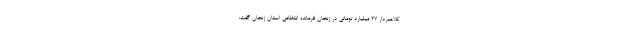
کلاهبردار 27 میلیارد تومانی در زنجان فرمانده انتظامی استان زنجان گفت: